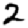
Digit: 2